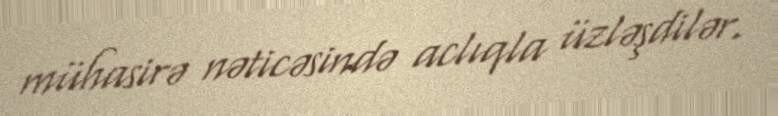
mühasirə nəticəsində aclıqla üzləşdilər.